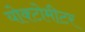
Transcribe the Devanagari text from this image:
योक्टोमीटर